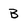
Character: B